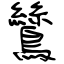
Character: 鷥